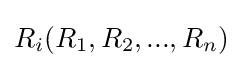
R_{i}(R_{1},R_{2},...,R_{n})